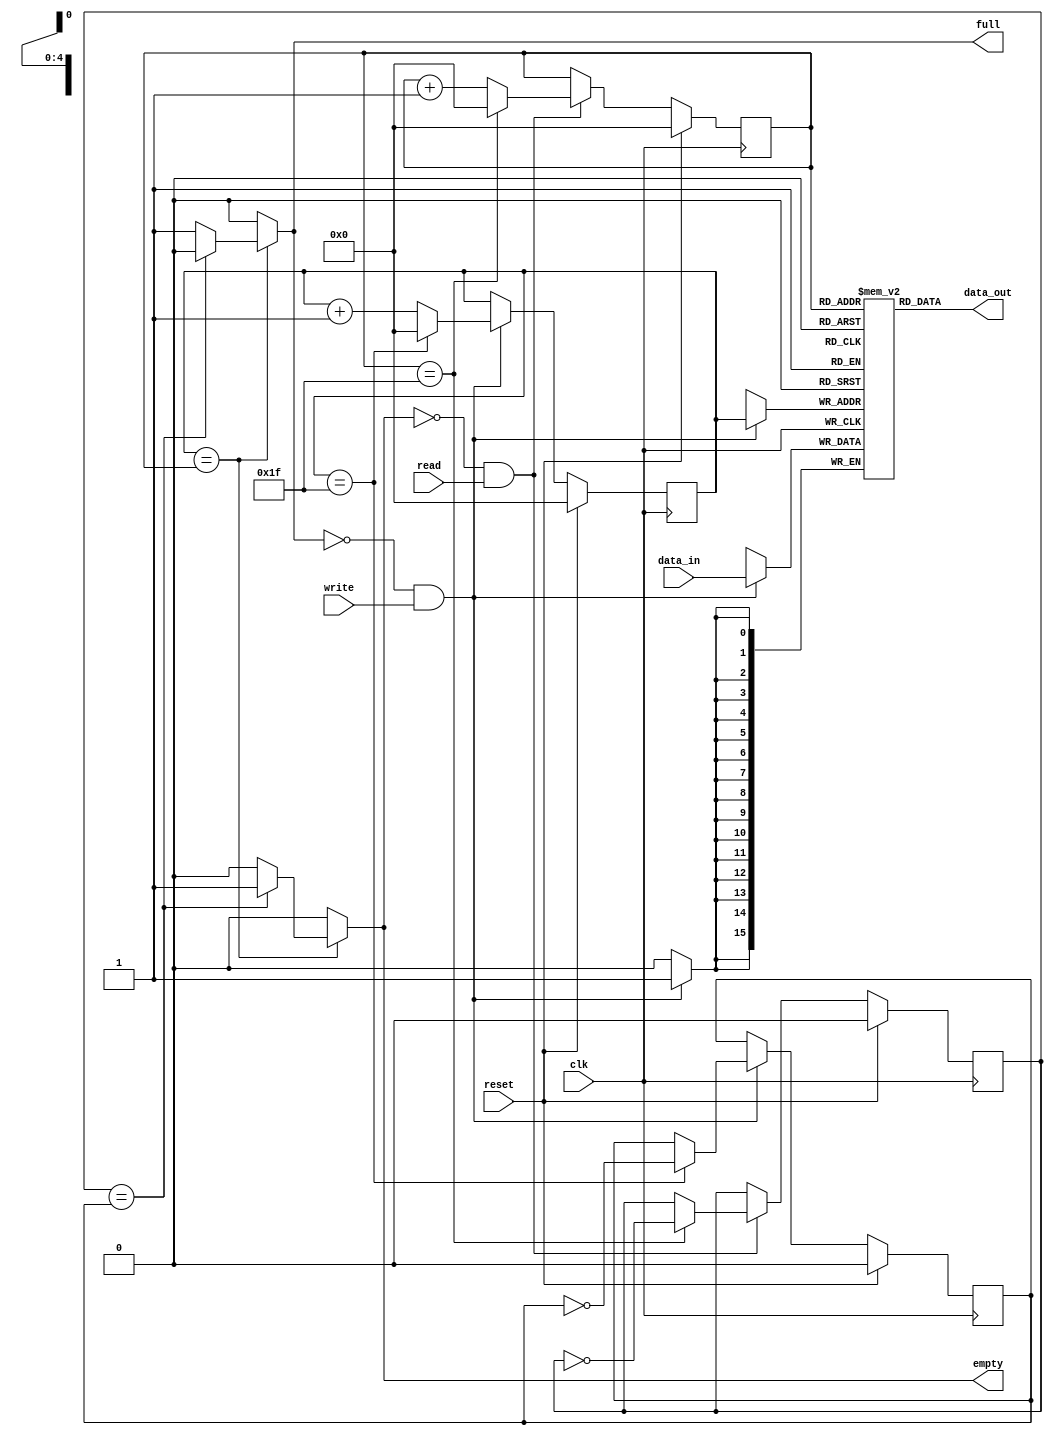


//it is just a normal FIFO
module FIFO_32depth(
    input clk,
    input reset,

    input read, write,
    output reg full, empty,

    input [15 : 0] data_in,
    output [15 : 0] data_out

);

reg [15 : 0] mem [31 : 0];
reg [4 : 0] wp, rp;
reg w_flag, r_flag;

initial
begin
wp=0;
w_flag=0;
rp=0;
r_flag=0;
end


always @(posedge clk) begin
    if (reset) begin
        wp <= 0;
        w_flag <= 0;
    end else if(!full && write) begin 
        wp<= (wp==32-1) ? 0 : wp+1;
        w_flag <= (wp==32-1) ? ~w_flag : w_flag;
    end
end

always @(posedge clk) begin
    if(write && !full)begin
        mem[wp] <= data_in;
    end
end

always @(posedge clk) begin
    if (reset) begin
        rp<=0;
        r_flag <= 0;
    end else if(!empty && read) begin 
        rp<= (rp==32-1) ? 0 : rp+1;
        r_flag <= (rp==32-1) ? ~r_flag : r_flag;
    end
end

assign data_out = mem[rp];

always @(*) begin
    if(wp==rp)begin
        if(r_flag==w_flag)begin
            full <= 0;
            empty <= 1;
        end else begin
            full <= 1;
            empty <= 0;
        end
    end else begin
        full <= 0;
        empty <= 0;
    end
end



endmodule